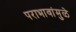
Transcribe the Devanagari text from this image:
पराभावांमुळे